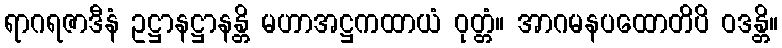
ရာဂရဇာဒီနံ ဥဋ္ဌာနဋ္ဌာနန္တိ မဟာအဋ္ဌကထာယံ ဝုတ္တံ။ အာဂမနပထောတိပိ ဝဒန္တိ။